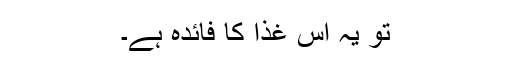
تو یہ اُس غذا کا فائدہ ہے۔